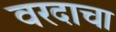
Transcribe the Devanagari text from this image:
वरदाचा